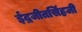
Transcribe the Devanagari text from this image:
ईंद्रजीतसिंहजी